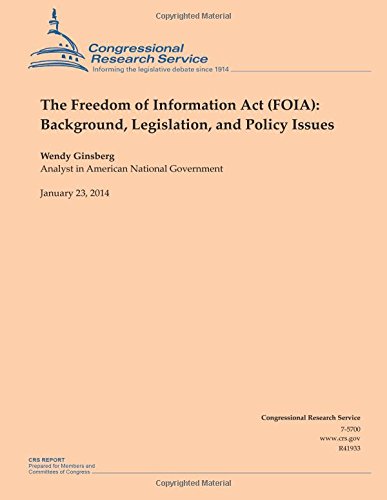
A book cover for The Freedom of Information Act (FOIA): Background, Legislation, and Policy Issues; Wendy Ginsberg; Law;